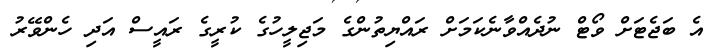
އެ ބަޖެޓަށް ވޯޓް ނުދެއްވާނެކަމަށް ރައްޔިތުންގެ މަޖިލީހުގެ ކުރީގެ ރައީސް އަދި ހެންވޭރު